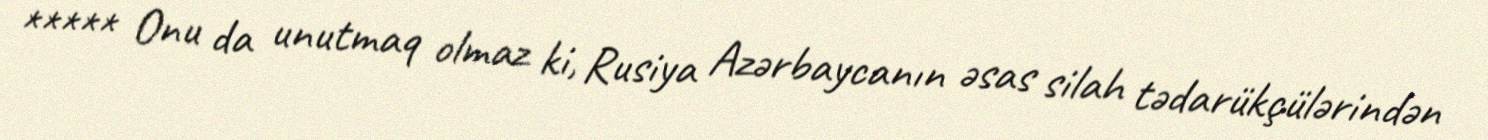
***** Onu da unutmaq olmaz ki, Rusiya Azərbaycanın əsas silah tədarükçülərindən